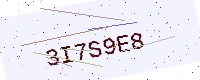
Text: 3I7S9E8